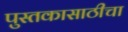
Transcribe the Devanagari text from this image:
पुस्तकासाठीचा